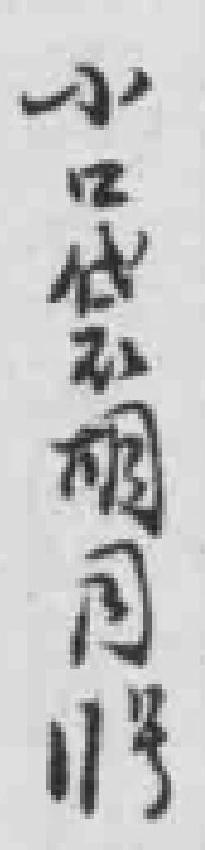
小口袋胡同11号